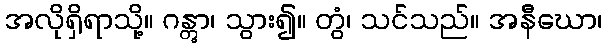
အလိုရှိရာသို့။ ဂန္တွာ၊ သွား၍။ တွံ၊ သင်သည်။ အနီဃော၊